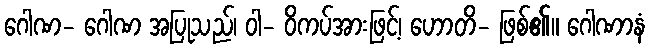
ဂေါဏ- ဂေါဏ အပြုသည်၊ ဝါ- ဝိကပ်အားဖြင့်၊ ဟောတိ- ဖြစ်၏။ ဂေါဏာနံ